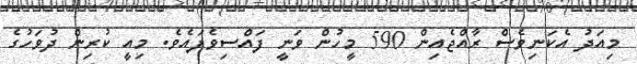
މިއަދު އެކަނިވެސް ރާއްޖެއިން 590 މީހުން ވަނީ ފައްސިވެފައެވެ. މިއީ ކުރިން ދުވަހުގެ